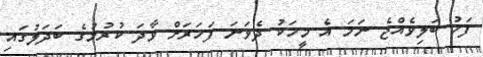
ފަހު ބަލިވެއްޖެ ނަމަ އެ މީހަކު ދެވަނަ ފަހަރަށް ވާދަ ކުރުމުގެ ބަދަލުގައި